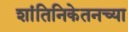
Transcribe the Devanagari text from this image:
शांतिनिकेतनच्या